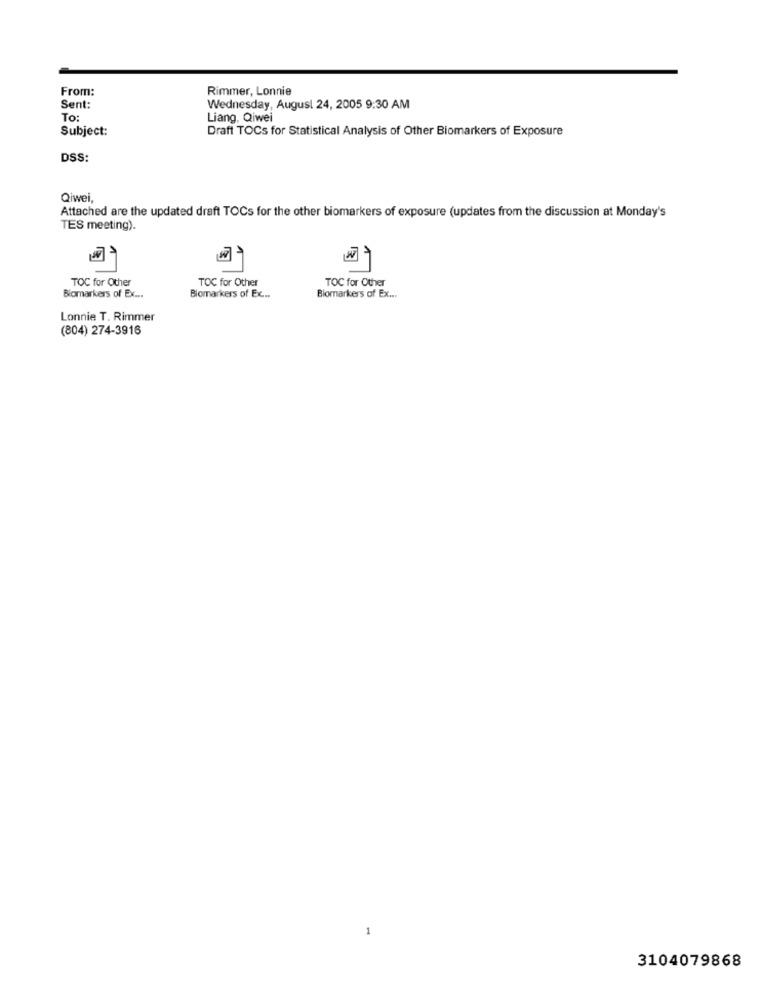
From:
Rimmer, Lonnie
Sent:
Wednesday, August 24, 2005 9:30 AM
To:
Liang, Qiwei
Subject:
Draft TOCs for Statistical Analysis of Other Biomarkers of Exposure
DSS:
Qiwei,
Attached are the updated draft TOCs for the other biomarkers of exposure (updates from the discussion at Monday's
TES meeting).
1
TOC for Other
TOC for Other
TOC for Other
Biomarkers of Ex ...
Biomarkers of Ex ...
Biomarkers of Ex ...
Lonnie T. Rimmer
(804) 274-3916
3104079868